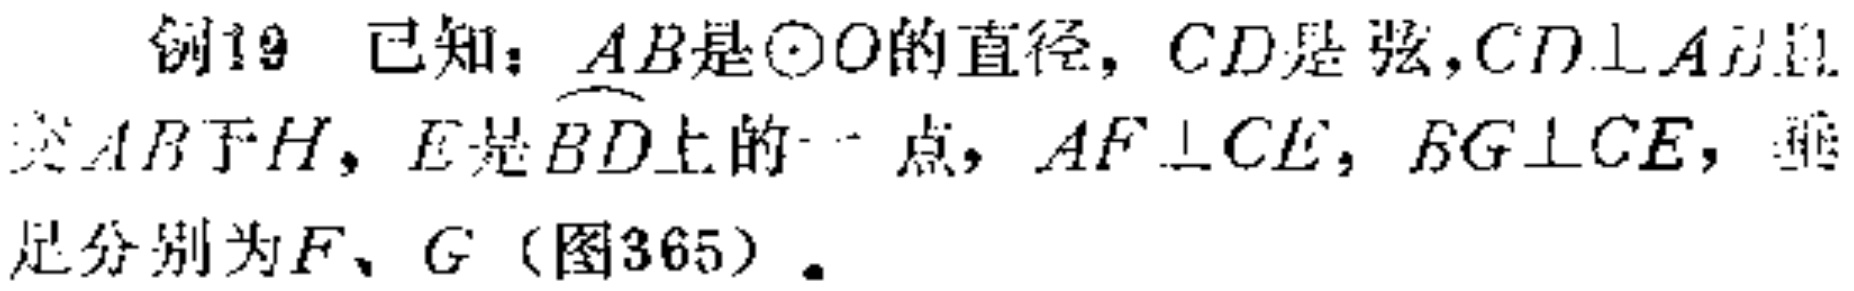
例19 已知：$AB$是$\odot O$的直径，$CD$是弦，$CD\perp AB$且交$AB$于$H$，$E$是$\overset{\frown}{BD}$上的一点，$AF\perp CE$，$BG\perp CE$，垂足分别为$F$、$G$（图365）.